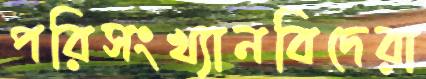
পরিসংখ্যানবিদেরা